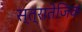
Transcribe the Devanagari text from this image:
स्त्रातेजिक